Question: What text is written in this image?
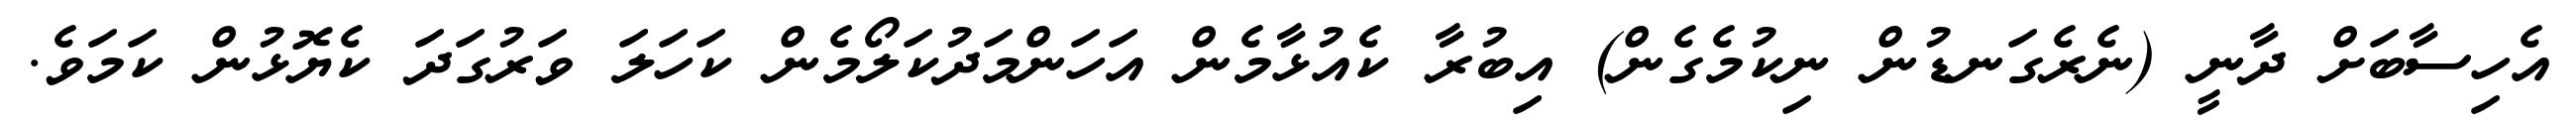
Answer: އެހިސާބަށް ދާނީ (ނެރެގަނޑުން ނިކުމެގެން) އިބުރާ ކެއުޅާމެން އަހަންމަދުކަލޯމެން ކަހަލަ ވަރުގަދަ ކެޔޮޅުން ކަމަވެ.